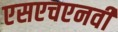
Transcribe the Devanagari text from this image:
एसएचएनवी